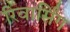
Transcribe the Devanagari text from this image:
रिवार्सिंग